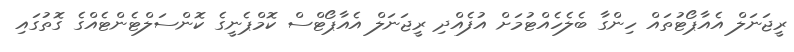
ރީޖަނަލް އެއާޕޯޓުތައް ހިންގާ ބެލެހެއްޓުމަށް އުފެއްދި ރީޖަނަލް އެއާޕޯޓްސް ކޮމްޕެނީގެ ކޮންސަލްޓެންޓެއްގެ ގޮތުގައި